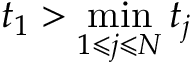
t _ { 1 } > \operatorname* { m i n } _ { 1 \leqslant j \leqslant N } t _ { j }